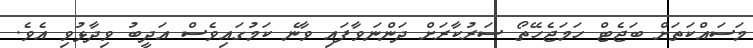
މަސައްކަތަށް ބަޖެޓް ހަމަޖެހޭތޯ ސަރުކާރަށް ދަންނަވާފައި ވާނެ ކަމުގައިވެސް އަދީބު ވިދާޅުވި އެވެ.